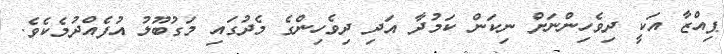
ޕިއްޒާ އަކީ ދިވެހިންނަށް ނިކަން ކަމުދާ އަދި ދިވެހިންގެ މެދުގައި މަގުބޫލު އުފެއްދުމެކެވެ.